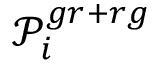
\mathcal { P } _ { i } ^ { g r + r g }